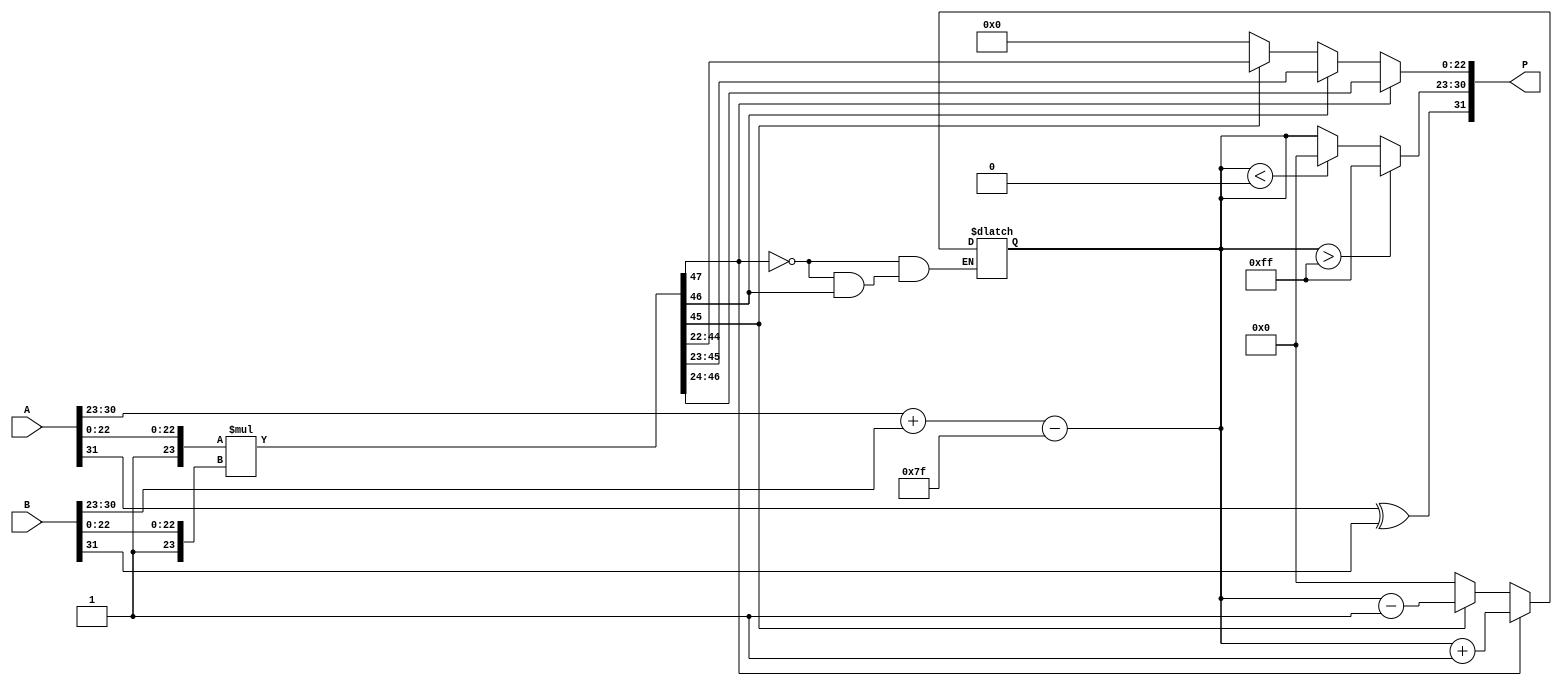
module floating_point_multiplier (
    input [31:0] A, // Input A in IEEE 754 single-precision format
    input [31:0] B, // Input B in IEEE 754 single-precision format
    output reg [31:0] P // Output P in IEEE 754 single-precision format
);
    // Constants
    parameter BIAS = 127;
    parameter MANTISSA_BITS = 23;
    
    // Internal signals
    wire sign_a, sign_b, sign_p;
    wire [7:0] exp_a, exp_b, exp_p;
    wire [MANTISSA_BITS:0] mant_a, mant_b, mant_p; // Including implicit leading 1
    wire [47:0] mant_product; // 24 bits * 24 bits = 48 bits product
    reg [7:0] exp_temp;
    reg [MANTISSA_BITS:0] mant_temp;
    
    // Extract sign, exponent, and mantissa
    assign sign_a = A[31];
    assign exp_a = A[30:23];
    assign mant_a = {1'b1, A[22:0]}; // Add implicit leading 1
    
    assign sign_b = B[31];
    assign exp_b = B[30:23];
    assign mant_b = {1'b1, B[22:0]}; // Add implicit leading 1
    
    // Calculate sign of the product
    assign sign_p = sign_a ^ sign_b;

    // Exponent calculation
    always @(*) begin
        exp_temp = exp_a + exp_b - BIAS; // Add exponents and subtract bias
        if (exp_temp > 255) begin // Overflow check
            exp_p = 8'hFF; // Infinity
            mant_p = 0;    // Mantissa is zero for infinity
        end else if (exp_temp < 0) begin // Underflow check
            exp_p = 0;    // Denormalized or zero
            mant_p = 0;    // Mantissa is zero
        end else begin
            exp_p = exp_temp;
        end
    end

    // Mantissa multiplication
    assign mant_product = mant_a * mant_b; // 24 x 24 -> 48 bits

    // Normalize mantissa
    always @(*) begin
        if (mant_product[47]) begin // If the leading bit is 1
            mant_temp = mant_product[46:24]; // Shift right by 1
            exp_temp = exp_temp + 1; // Increment exponent
        end else if (mant_product[46]) begin // If the leading bit is 0
            mant_temp = mant_product[45:23]; // No shift
        end else if (mant_product[45]) begin // If the leading bit is 0
            mant_temp = mant_product[44:22]; // Shift right
            exp_temp = exp_temp - 1; // Decrement exponent
        end else begin // Underflow case
            mant_temp = 0; // Zero mantissa
            exp_temp = 0; // Denormalized or zero
        end
    end

    // Final output assembly
    always @(*) begin
        P = {sign_p, exp_p, mant_temp[MANTISSA_BITS-1:0]}; // Combine sign, exponent, and mantissa
    end

endmodule